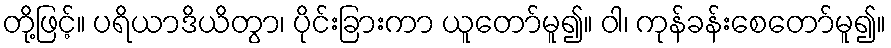
တို့ဖြင့်။ ပရိယာဒိယိတွာ၊ ပိုင်းခြားကာ ယူတော်မူ၍။ ဝါ၊ ကုန်ခန်းစေတော်မူ၍။